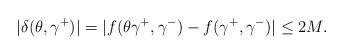
LaTeX: \begin{align*}|\delta(\theta,\gamma^+)|=|f(\theta\gamma^+,\gamma^-)-f(\gamma^+,\gamma^-)|\leq 2M.\end{align*}